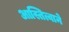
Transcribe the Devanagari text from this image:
आस्तित्वाने